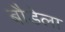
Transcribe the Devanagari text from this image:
बौडेला